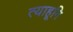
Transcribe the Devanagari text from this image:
त्याहूनि